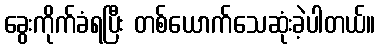
ခွေးကိုက်ခံရပြီး တစ်ယောက်သေဆုံးခဲ့ပါတယ်။